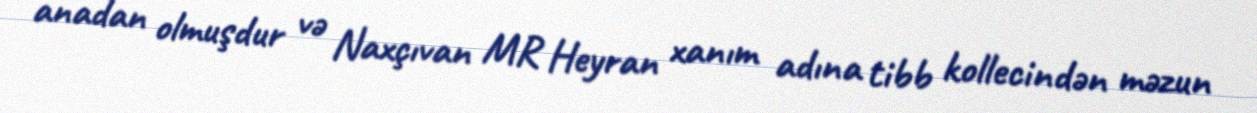
anadan olmuşdur və Naxçıvan MR Heyran xanım adına tibb kollecindən məzun